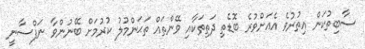
ސާބިތުކަން އިތުރުވެ އެއަށްވުރެ ބޮޑެތި ދަތިތަކާއި ވޭންތައް ތަޙަންމުލު ކުރުމަށް ބޭނުންވާ ނަފްސާނީ